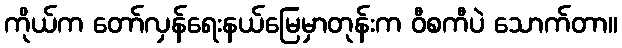
ကိုယ်က တော်လှန်ရေးနယ်မြေမှာတုန်းက ဝီစကီပဲ သောက်တာ။